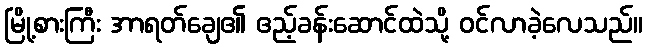
မြို့စားကြီး အာရတ်ချေ၏ ဧည့်ခန်းဆောင်ထဲသို့ ဝင်လာခဲ့လေသည်။